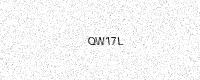
Text: QW17L